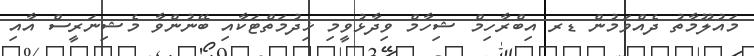
މައުލޫމާތު ދެއްވަމުން ޑރ އިބްރާހިމް ޝިހާމް ވިދާޅުވީމި ޚިދުމަތްޓަކާއި ބޭނުންވާ މެޝިނަރީސް އާއި